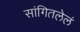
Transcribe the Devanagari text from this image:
सांगितलेलं